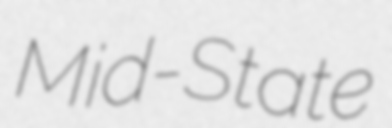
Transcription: Mid-State